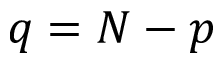
q = N - p